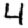
Digit: 4